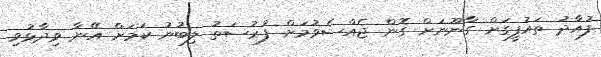
ފުއާދު ތައުފީގަށް ގާނޫނަށް ގޮން ޖެއްސެވުމަށް ފުރުސަތު ލިބުނު ކަމަށް އޭނާ ވިދާޅުވި